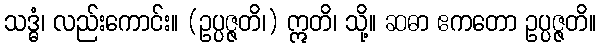
သဒ္ဓံ၊ လည်းကောင်း။ (ဥပ္ပဇ္ဇတိ၊) ဣတိ၊ သို့။ ဆဓာ ဧကတော ဥပ္ပဇ္ဇတိ။